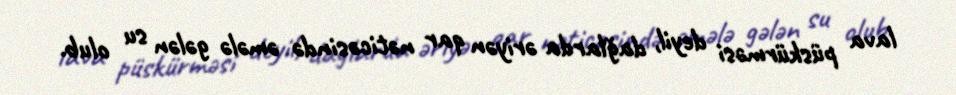
lava püskürməsi deyil, dağlarda əriyən qar nəticəsində əmələ gələn su olub.